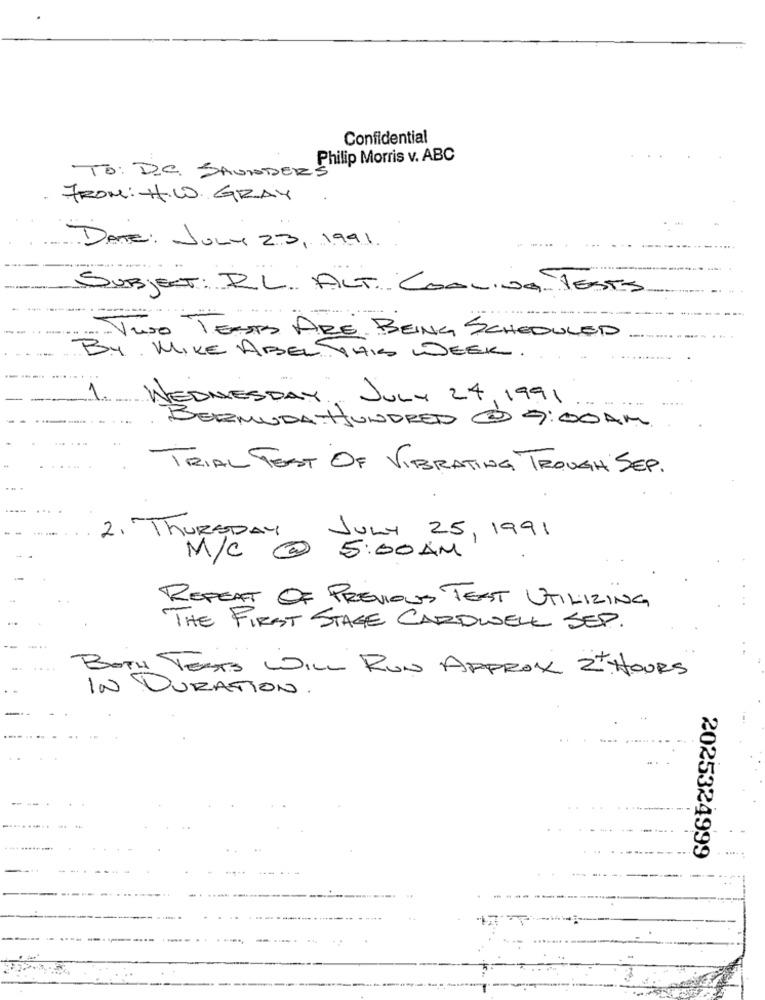
Confidential
To: D.C. SAUNDER Philip Morris v. ABC
FROM: H. W. GRAY
DATE: July 23, 1991.
SUBJECT: RL. ALT COOLING TESTS
==
.TWO TEAMS ARE BEING SCHEDULED
BY MIKE ABEL THIS WEEK.
1.
WEDNESDAY, JULY 24, 1991.
BERMUDA HUNDRED @ 9:00 AM
TRIAL TEST OF VIBRATING TROUGH SEP.
2 .- ThursDAY
JULY 25, 1991
M/C
5:00 AM
REPEAT OF PREVIOUS TEST UTILIZING
THE FIRST STAGE CARDWELL SEP.
...
BOTH TESTS WILL RUN APPROX 2+ HOURS
IN DURATION.
.. .........
2025324999